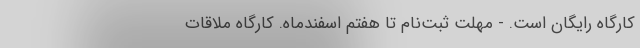
کارگاه رایگان است. - مهلت ثبت‌نام تا هفتم اسفندماه. کارگاه ملاقات